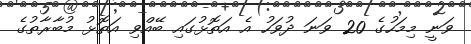
ވަނީ މިމަހުގެ 20 ވަނަ ދުވަހު އެ އަތޮޅުގައި ބޭއްވި އަތޮޅު މުބާރާތުގެ